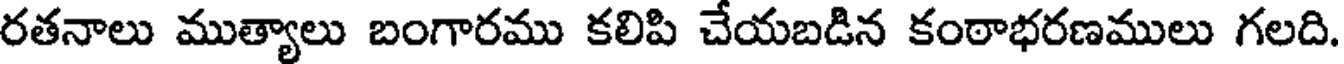
రతనాలు ముత్యాలు బంగారము కలిపి చేయబడిన కంఠాభరణములు గలది